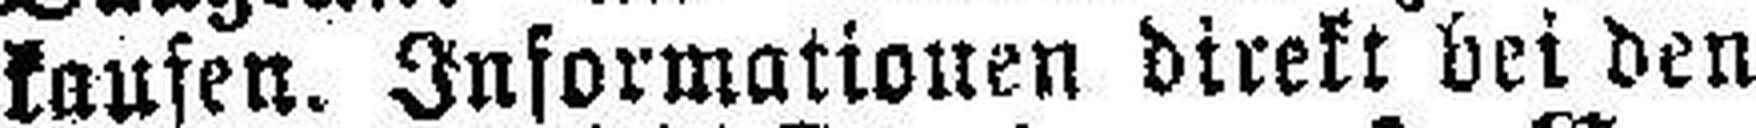
kaufen. Informationen direkt bei den